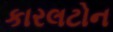
કારલટોન